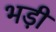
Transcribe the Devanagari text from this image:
भड़ी